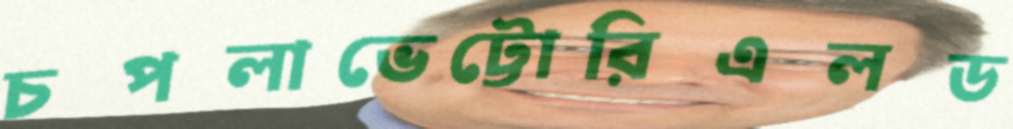
চপলাভেট্টোরিএলড